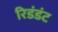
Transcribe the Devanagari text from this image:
रिडंडंट